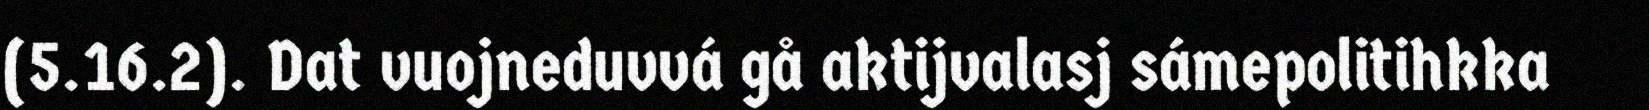
(5.16.2). Dat vuojneduvvá gå aktijvalasj sámepolitihkka